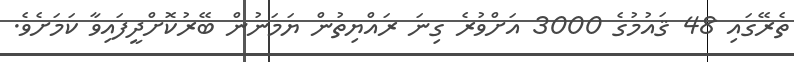
ތެރޭގައި 48 ޤައުމުގެ 3000 އަށްވުރެ ގިނަ ރައްޔިތުން ޔަމަނުން ބޭރުކޮށްދީފައިވާ ކަމަށެވެ.